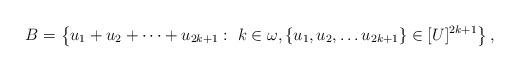
LaTeX: \begin{align*} B = \left\{ u_1+ u_2 + \dots + u_{2k+1} : \ k \in \omega, \{u_1,u_2, \dots u_{2k+1} \} \in [U]^{2k+1} \right\} , \end{align*}